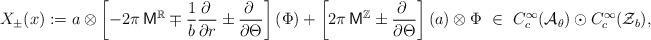
LaTeX: \begin{align*}X_{\pm} (x) :=a\otimes \left[-2\pi\,\mathsf{M}^{\mathbb{R}}\mp\frac{1}{b}\frac{\partial\;}{\partial r} \pm \frac{\partial\;}{\partial \Theta}\right](\Phi)+\left[2\pi\, \mathsf{M}^{\mathbb{Z}} \pm\frac{\partial\;}{\partial \Theta}\right](a)\otimes \Phi \ \in \ C_{c}^{\infty}(\mathcal{A}_{\theta}) \odot C_{c}^{\infty}(\mathcal{Z}_{b}),\end{align*}